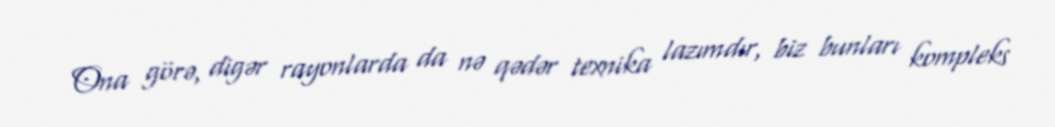
Ona görə, digər rayonlarda da nə qədər texnika lazımdır, biz bunları kompleks